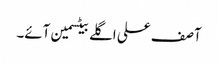
آصف علی اگلے بیٹسمین آئے۔